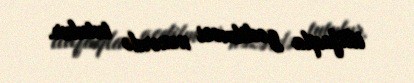
ittifaqla gedilməsi nəzərdə tutulur.